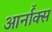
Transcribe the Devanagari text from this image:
आर्नॉक्स